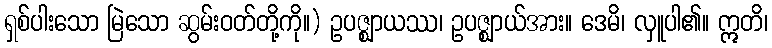
ရှစ်ပါးသော မြဲသော ဆွမ်းဝတ်တို့ကို။) ဥပဇ္ဈာယဿ၊ ဥပဇ္ဈာယ်အား။ ဒေမိ၊ လှူပါ၏။ ဣတိ၊